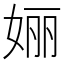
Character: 㛤